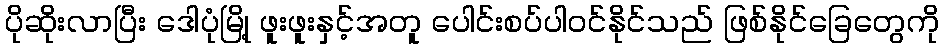
ပိုဆိုးလာပြီး ဒေါပုံမြို့ ဖူးဖူးနှင့်အတူ ပေါင်းစပ်ပါဝင်နိုင်သည် ဖြစ်နိုင်ခြေတွေကို